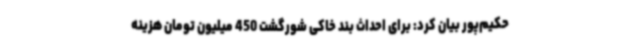
حکیم‌پور بیان کرد: برای احداث بند خاکی شورگشت 450 میلیون تومان هزینه